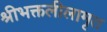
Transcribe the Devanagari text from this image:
श्रीभक्तलीलामृत